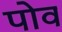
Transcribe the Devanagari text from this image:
पोव